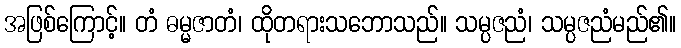
အဖြစ်ကြောင့်။ တံ ဓမ္မဇာတံ၊ ထိုတရားသဘောသည်။ သမ္ပဇညံ၊ သမ္ပဇညံမည်၏။